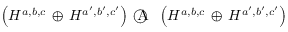
\left( { \cal H } ^ { a , b , c } \, \oplus \, { \cal H } ^ { a ^ { \prime } , b ^ { \prime } , c ^ { \prime } } \right) \, \textcircled { \scshape A } \, \left( { \cal H } ^ { a , b , c } \, \oplus \, { \cal H } ^ { a ^ { \prime } , b ^ { \prime } , c ^ { \prime } } \right)